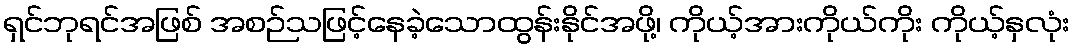
ရှင်ဘုရင်အဖြစ် အစဉ်သဖြင့်နေခဲ့သောထွန်းနိုင်အဖို့၊ ကိုယ့်အားကိုယ်ကိုး ကိုယ့်နှလုံး